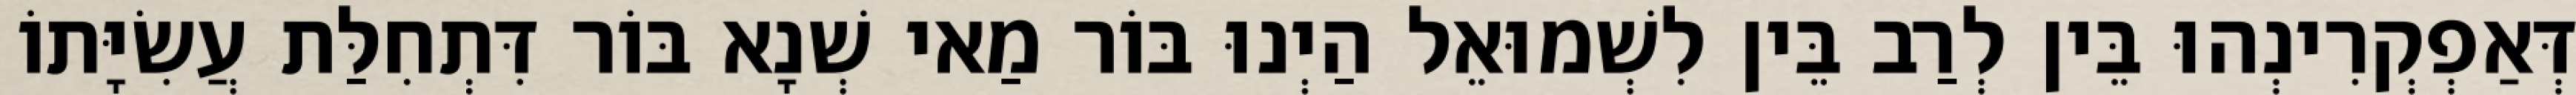
דְּאַפְקְרִינְהוּ בֵּין לְרַב בֵּין לִשְׁמוּאֵל הַיְנוּ בּוֹר מַאי שְׁנָא בּוֹר דִּתְחִלַּת עֲשִׂיָּתוֹ